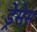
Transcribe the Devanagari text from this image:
ड्रेसेस